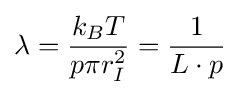
\lambda ={\frac {k_{B}T}{p\pi r_{I}^{2}}}={\frac {1}{L\cdot p}}